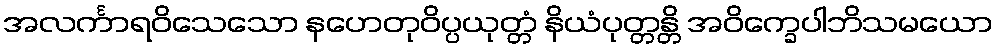
အလင်္ကာရဝိသေသော နဟေတုဝိပ္ပယုတ္တံ နိယံပုတ္တန္တိ အဝိက္ခေပါဘိသမယော